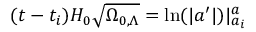
( t - t _ { i } ) H _ { 0 } { \sqrt { \Omega _ { 0 , \Lambda } } } = \mathrm { l n } ( | a ^ { \prime } | ) | _ { a _ { i } } ^ { a }